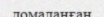
домаланған